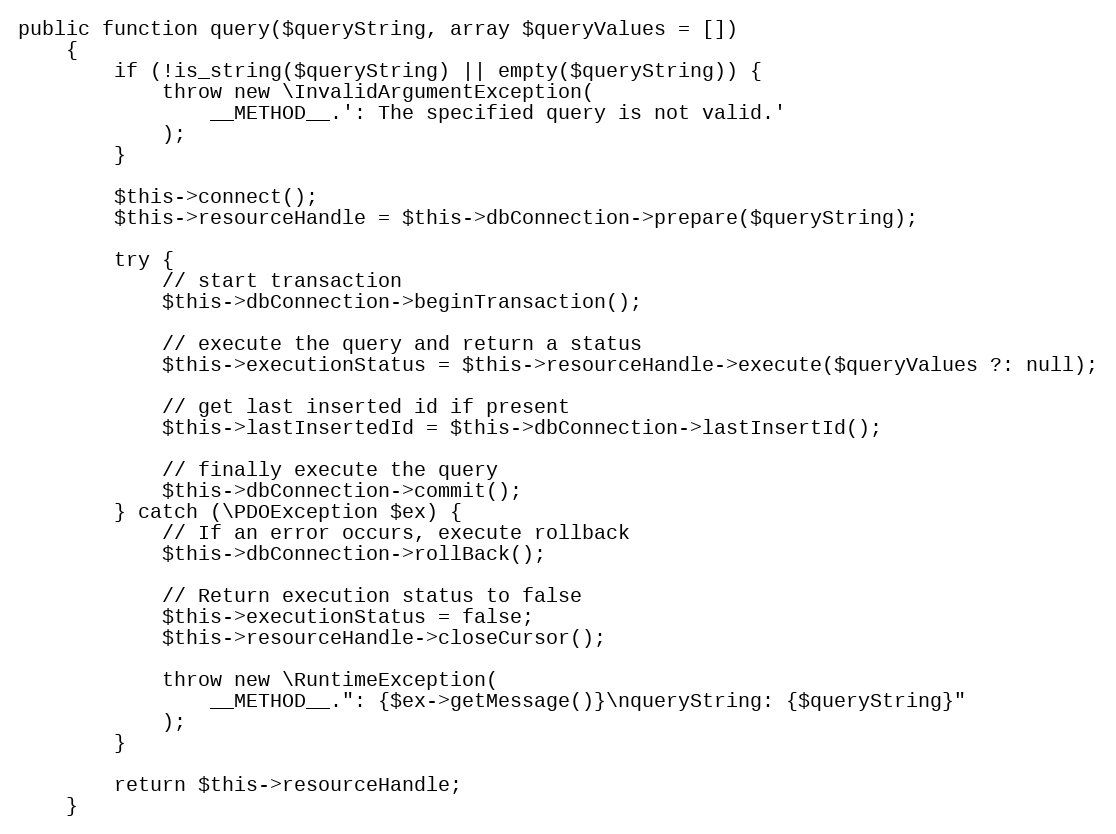
Language: PHP
public function query($queryString, array $queryValues = [])
    {
        if (!is_string($queryString) || empty($queryString)) {
            throw new \InvalidArgumentException(
                __METHOD__.': The specified query is not valid.'
            );
        }

        $this->connect();
        $this->resourceHandle = $this->dbConnection->prepare($queryString);

        try {
            // start transaction
            $this->dbConnection->beginTransaction();

            // execute the query and return a status
            $this->executionStatus = $this->resourceHandle->execute($queryValues ?: null);

            // get last inserted id if present
            $this->lastInsertedId = $this->dbConnection->lastInsertId();

            // finally execute the query
            $this->dbConnection->commit();
        } catch (\PDOException $ex) {
            // If an error occurs, execute rollback
            $this->dbConnection->rollBack();

            // Return execution status to false
            $this->executionStatus = false;
            $this->resourceHandle->closeCursor();

            throw new \RuntimeException(
                __METHOD__.": {$ex->getMessage()}\nqueryString: {$queryString}"
            );
        }

        return $this->resourceHandle;
    }